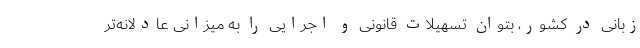
زبانی در کشور، بتوان تسهیلات قانونی و اجرایی را به میزانی عادلانه‌تر